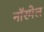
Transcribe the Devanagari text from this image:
नॉरमेल